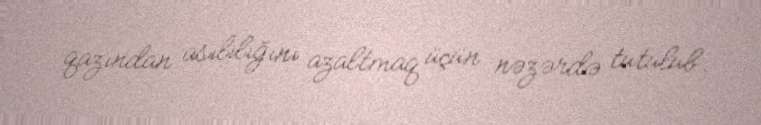
qazından asılılığını azaltmaq üçün nəzərdə tutulub.